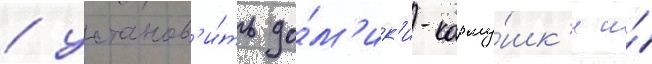
/ установ'и́ть до́м'ик'и-корму́шк'и и́